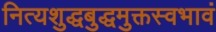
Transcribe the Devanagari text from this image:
नित्यशुद्धबुद्धमुक्तस्वभावं